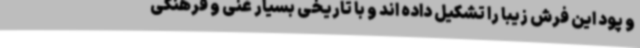
و پود این فرش زیبا را تشکیل داده اند و با تاریخی بسیار غنی و فرهنگی